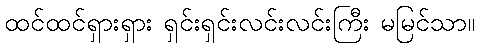
ထင်ထင်ရှားရှား ရှင်းရှင်းလင်းလင်းကြီး မမြင်သာ။